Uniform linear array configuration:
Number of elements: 48
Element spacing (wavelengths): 0.75
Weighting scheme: hann
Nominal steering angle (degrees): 15
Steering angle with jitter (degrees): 14.159
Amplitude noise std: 0.05
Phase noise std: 0.05

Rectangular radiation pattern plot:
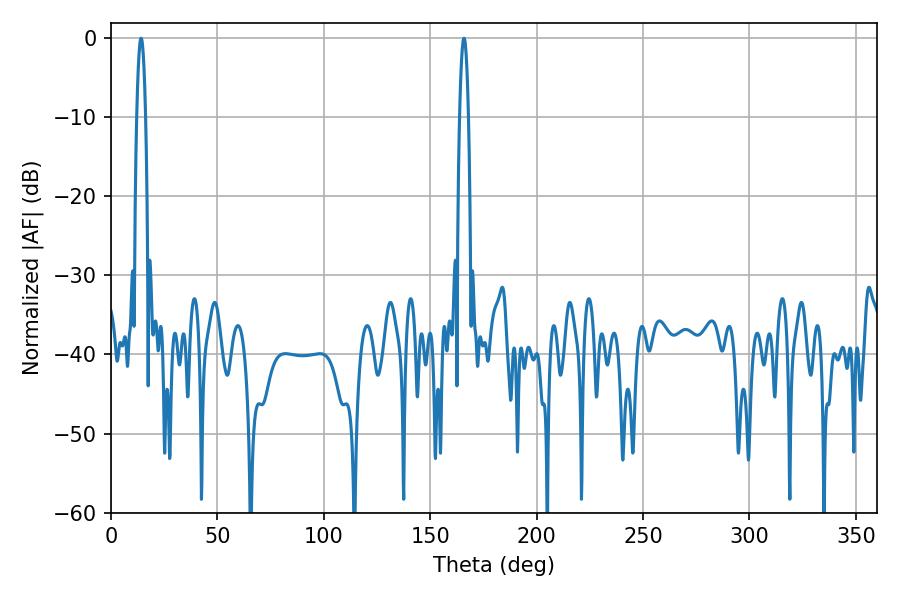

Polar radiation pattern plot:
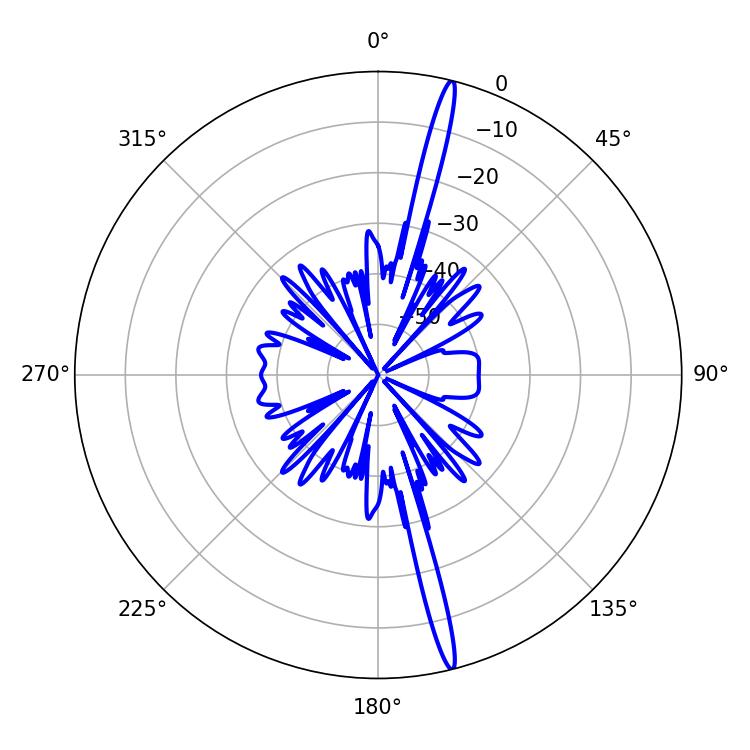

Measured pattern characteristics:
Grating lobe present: TRUE
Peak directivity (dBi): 19.711
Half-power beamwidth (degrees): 2.34
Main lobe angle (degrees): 165.78